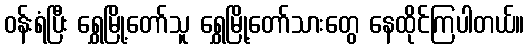
ဝန်းရံပြီး ရွှေမြို့တော်သူ ရွှေမြို့တော်သားတွေ နေထိုင်ကြပါတယ်။